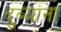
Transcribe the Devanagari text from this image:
दुब्यांना